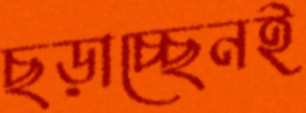
ছড়াচ্ছেনই